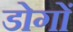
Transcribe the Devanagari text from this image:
डोगों